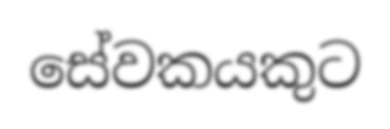
සේවකයකුට